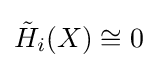
{\tilde {H}}_{i}(X)\cong 0